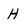
Character: H